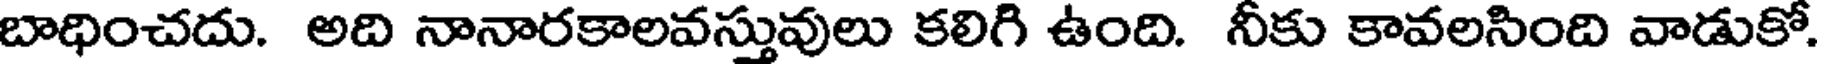
బాధించదు. అది నానారకాలవస్తువులు కలిగి ఉంది. నీకు కావలసింది వాడుకో